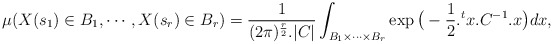
\begin{align*}\mu(X(s_1)\in B_1,\cdots, X(s_r)\in B_r)=\frac{1}{(2\pi)^{\frac{r}{2}}.|C|}\int_{B_1\times \cdots \times B_r } \exp\big(-\frac{1}{2}.{}^{t}{x}.C^{-1}.x\big) dx,\end{align*}